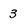
Character: 3